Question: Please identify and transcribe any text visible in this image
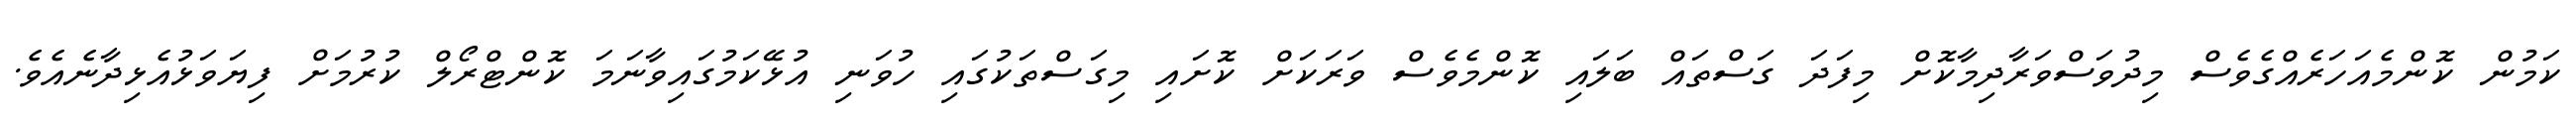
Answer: ކަމުން ކޮންމެއަހަރެއްގެވެސް މިދުވަސްވަރާދިމާކޮށް މިފަދަ ގަސްތައް ބަލައި ކޮންމެވެސް ވަރަކަށް ކޮށައި މިގަސްތަކުގައި ހުވަނި އުޅޭކަމުގައިވާނަމަ ކޮންޓްރޯލް ކުރުމަށް ފިޔަވަޅުއެޅިދާނެއެވެ.